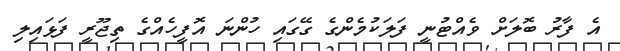
އެ ފާރު ބޮލަށް ވެއްޓުނީ ފަލަކުމެންގެ ގޭގައި ހުންނަ އޮފީހެއްގެ ތިޖޫރީ ފަޅައިލި